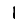
Digit: 1